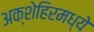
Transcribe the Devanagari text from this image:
अक्शेहिरमध्ये